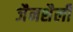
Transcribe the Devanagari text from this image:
जैनशैली